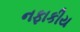
નફાકીય